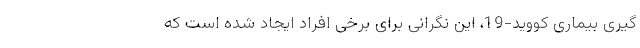
گیری بیماری کووید-19، این نگرانی برای برخی افراد ایجاد شده است که